Annual report on the health of the army in India
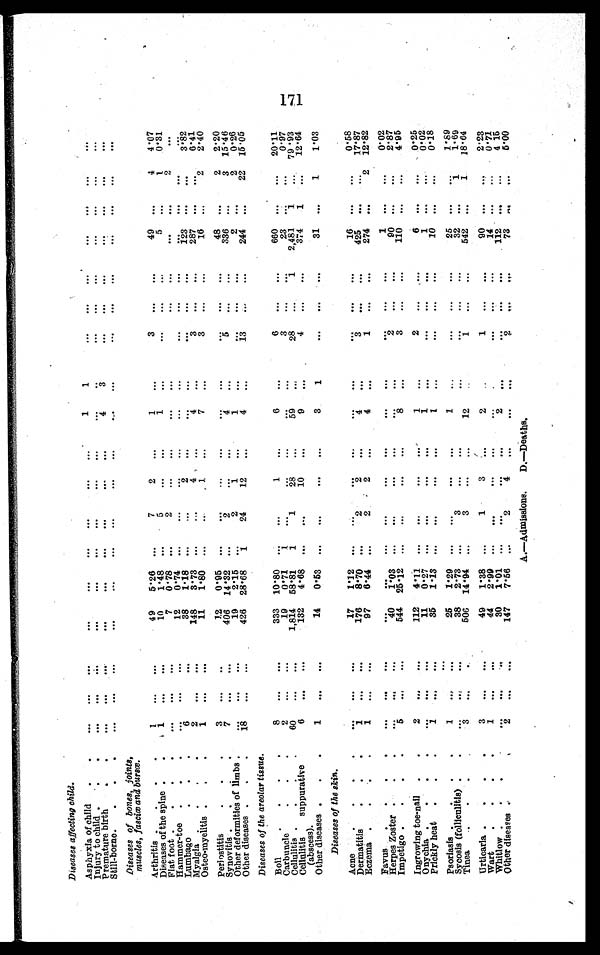
Diseases affecting child.
Asphyxia of child . . .
. . .
. . .
. . .
. . .
. . . . . .
. . .
. . . ...
1 1
. . .
. . .
. . .
. . .
. . .
. . .
. . .
Injury to child .
.
. . .
. . .
. . .
...
. . .
...
. . .
. . .
. . .
. . .
. . .
. . .
. . .
. . .
. . .
. . .
. . .
. . .
Premature birth
. .
. . .
. . .
. . .
. . .
. . .
. . .
. . .
...
...
4
3
. . .
. . .
. . .
. . .
. . .
. . .
. . .
Still-borne.
.
.
.
...
...
...
...
. . .
...
...
. . . ...
. . .
. . .
. . . . . .
. . .
. . .
. . .
. . .
...
Diseases of bones, joints,
muscles, fasciœ and bursœ.
Arthritis.
. . .
1
. . .
. . .
49
5.26 ...
7
2
. . .
1
. . .
3
...
...
49 ...
4
4.07
Diseases of the spine .
.
1.
...
...
10
1.48 ...
5
. . . ...
1
. . .
. . .
. . .
. . .
5
. . .
1
0 . 3 1
Flat foot .
.
.
.
. . .
. . .
. . .
7
0.78 ...
2
. . .
. . .
. . .
. . .
. . .
. . .
. . .
. . . . . .
2
. . .
Hammer-toe .
.
.
...
...
...
12
0.74 ...
. . .
. . .
. . .
. . .
. . .
. . .
. . .
. . .
. . .
. . .
. . .
. . .
Lumbago
. . .
6
. . .
. . .
38
1.18
. . .
. . .
2
. . .
. . .
...
. . .
...
...
1 2 3 . . .
. . .
3.82
Myalgia .
.
.
.
2
. . .
. . .
148
3.73 ...
. . .
4
...
4
...
3
...
. . .
287
. . .
. . .
6.41
Osteo-myelitis .
.
.
1
. . .
. . .
11
1.80 ...
. . .
1 ...
7
...
3
...
...
16 ...
2
2. 40
Peri ostitis
.
.
.
3
. . .
. . .
12
0.95 ...
. . .
. . .
...
. . .
. . .
. . .
. . .
. . .
48
. . .
2
2.20
Synovitis .
. .
7
. . .
. . .
406 14.32 ...
2
. . .
. . .
4
...
5
...
...
336
. . .
3
15.46
Other deformities of limbs .
. . .
. . . .
...
19
2.15
. . .
2
1
...
1
. . .
. . .
. . .
. . .
2
. . .
2 0.26
Other diseases .
.
.
18
...
...
426 28.68
1
24
12
...
4
...
13
...
. . .
244
. . .
22 15. 05
Diseases of the areolar tissue.
Boil
.
.
.
.
8
...
...
333 10.80
. . .
. . .
1
...
6
. . .
6
. . .
. . .
660
. . .
. . .
2 0 . 1 1
Carbuncle
.
.
.
2
. . .
. . .
19
0.71
1
. . .
. . .
. . .
. . .
. . .
3 . . .
. . .
23
. . .
. . .
0 . 9 7
Cellulitis.
.
.
60
. . .
. . .
1,814 58.81
1
1
28
. . .
5 9
. . .
28
. . .
1
2,481
1
. . .
79.93
Cellulitis suppurative
(abscess).
6
. . .
. . .
132
4. 68 ...
....
10
. . .
9
. . .
4
. . .
. . .
374
1
...
12.64
Other diseases .
.
.
1
. . .
...
14
0.53 ...
. . .
. . .
. . .
3
1
. . .
. . .
. . .
31
...
1
1.03
Diseases of the skin.
Acne
.
. . .
. . .
. . .
. . .
17
1.12
...
. . .
. . .
...
. . .
. . .
. . .
. . .
. . .
16
. . .
. . .
0.58
Dermatitis
.
. .
1
. . . .
. . .
176
8 . 7 0
. . .
2
2
. . .
4
. . .
3
. . .
. . .
425
...
...
17.87
Eczema .
.
.
1
. . .
. . .
97
6.44
. . .
2
2
...
4
. . .
1
. . .
. . .
274
. . .
2
12.8
Favus
.
.
.
. . .
. . .
. . .
. . .
. . . . . .
. . .
. . . ...
. . .
. . .
. . .
. . .
. . .
1
. . .
. . .
0.02
Herpes Zoster .
. . .
. . .
. . .
4 0
1.03
. . .
. . .
...
. . .
. . .
. . .
2
. . .
. . .
9 0
. . .
. . .
2.87
Impetigo .
. . .
5
. . .
...
544
25. 12 ...
. . .
. . .
...
8
...
3
...
...
110
. . .
. . .
4.95
Ingrowing toe-nail .
.
2
. . .
. . .
112
4 . 11
. . .
. . .
. . . ...
1
. . .
2
. . .
. . .
6
. . .
. . .
0.25
Onychia .
.
.
. . .
. . .
. . .
11
0. 27 ...
...
. . . ...
1
...
. . . ...
...
1 ...
...
0.02
Prickly heat .
.
.
1
. . .
. . .
35
1.13 ...
...
. . . ...
1
. . .
...
...
...
10
. . .
...
0.18
Psoriasis .
.
.
1
. . .
. . .
25
1.29
. . .
. . .
. . . ...
1
. . .
. . .
. . . .
. . .
2 5
. . .
. . .
1 . 8 9
Sycosis (folliculitis) .
.
. . .
. . .
. . .
38
2 .73
...
3
. . .
...
. . .
. . .
. . .
. . .
. . .
3 2 ...
1
1 . 6 9
Tines
.
.
.
3
....
. . .
506 14.94
. . .
3
. . .
. . .
12
. . .
1
...
...
542
. . .
1
18.64
Urticaria .
.
. .
3
. . .
. . .
49
1.38
. . .
1
3
. . .
2
. . .
1
...
...
9 0 . . .
. . .
2 . 2 3
Wart
.
.
. .
1
. . .
. . .
44
2.99
. . .
. . .
. . . ...
. . .
. . .
. . .
. . .
. . .
1 4 ...
. . .
0 . 7 1
Whit low .
.
.
. . .
. . . .
. . .
30
1.01
...
...
. . . ...
. . .
2
. . .
...
. . .
112
...
...
4 . 1 5
Other diseases .
.
2
. . .
. . .
147
7.56
...
2
4
. . .
. . .
. . .
2
. . .
. . .
73
. . .
. . .
5.00
A.—Admissions.
D.—Deaths.